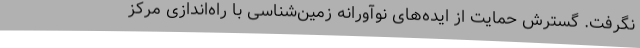
نگرفت. گسترش حمایت از ایده‌های نوآورانه زمین‌شناسی با راه‌اندازی مرکز